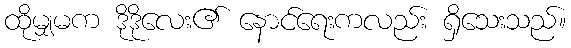
ထိုမျှမက ဒိုဒိုလေး၏ နောင်ရေးကလည်း ရှိသေးသည်။